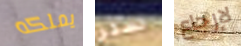
يملكه لستر لإرجاع